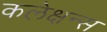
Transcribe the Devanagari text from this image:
कलेक्षन्स